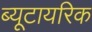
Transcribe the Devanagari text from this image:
ब्यूटायरिक